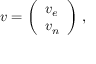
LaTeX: { \boldsymbol { v } } = { \left( \begin{array} { l } { v _ { e } } \\ { v _ { n } } \end{array} \right) } \ ,